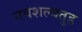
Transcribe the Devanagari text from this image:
नवशल्यतुड